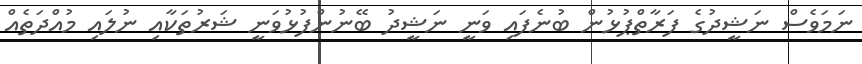
ނަމަވެސް ނަޝީދުގެ ފަރާތްޕުޅުން ބުނެފައި ވަނީ ނަޝީދު ބޭނުންފުޅުވަނީ ޝަރުތަކާއި ނުލައި މުއްދަތެއް